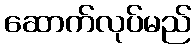
ဆောက်လုပ်မည်